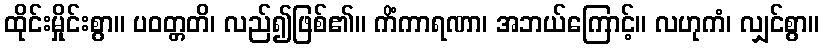
ထိုင်းမှိုင်းစွာ။ ပဝတ္တတိ၊ လည်၍ဖြစ်၏။ ကိံကာရဏာ၊ အဘယ်ကြောင့်။ လဟုကံ၊ လျှင်စွာ။